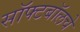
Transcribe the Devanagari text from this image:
सॉफ्टबॉलचे